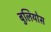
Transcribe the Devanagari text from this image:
बुलियोस